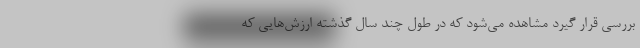
بررسی قرار گیرد مشاهده می‌شود که در طول چند سال گذشته ارزش‌هایی که